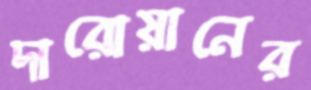
দারোয়ানের